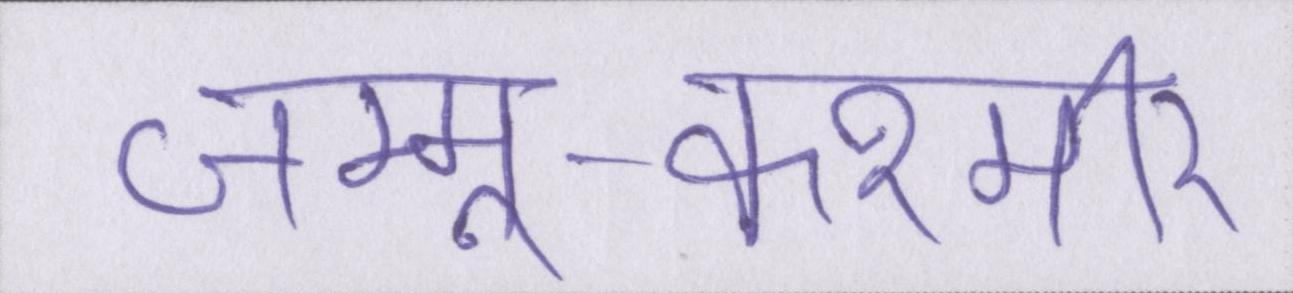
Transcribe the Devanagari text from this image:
जम्मू-कश्मीर